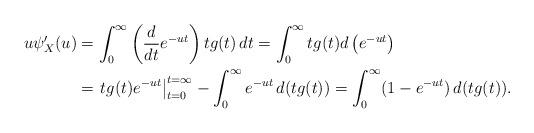
LaTeX: \begin{align*}u \psi_X'(u) & = \int_0^\infty \left( \frac{d}{dt} e^{-ut} \right) t g(t) \, dt= \int_0^\infty t g(t) d\left(e^{-ut}\right ) \\&= \left. t g(t) e^{-ut} \right|_{t=0}^{t=\infty} - \int_0^\infty e^{-ut} \, d(tg(t))= \int_0^\infty (1-e^{-ut}) \, d(tg(t)).\end{align*}